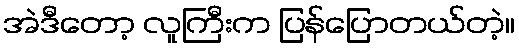
အဲဒီတော့ လူကြီးက ပြန်ပြောတယ်တဲ့။